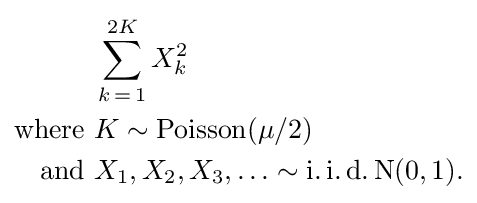
{\begin{aligned}&\sum _{k\,=\,1}^{2K}X_{k}^{2}\\{\text{where }}&K\sim \operatorname {Poisson} (\mu /2)\\{\text{and }}&X_{1},X_{2},X_{3},\ldots \sim \operatorname {i.i.d.N} (0,1).\end{aligned}}